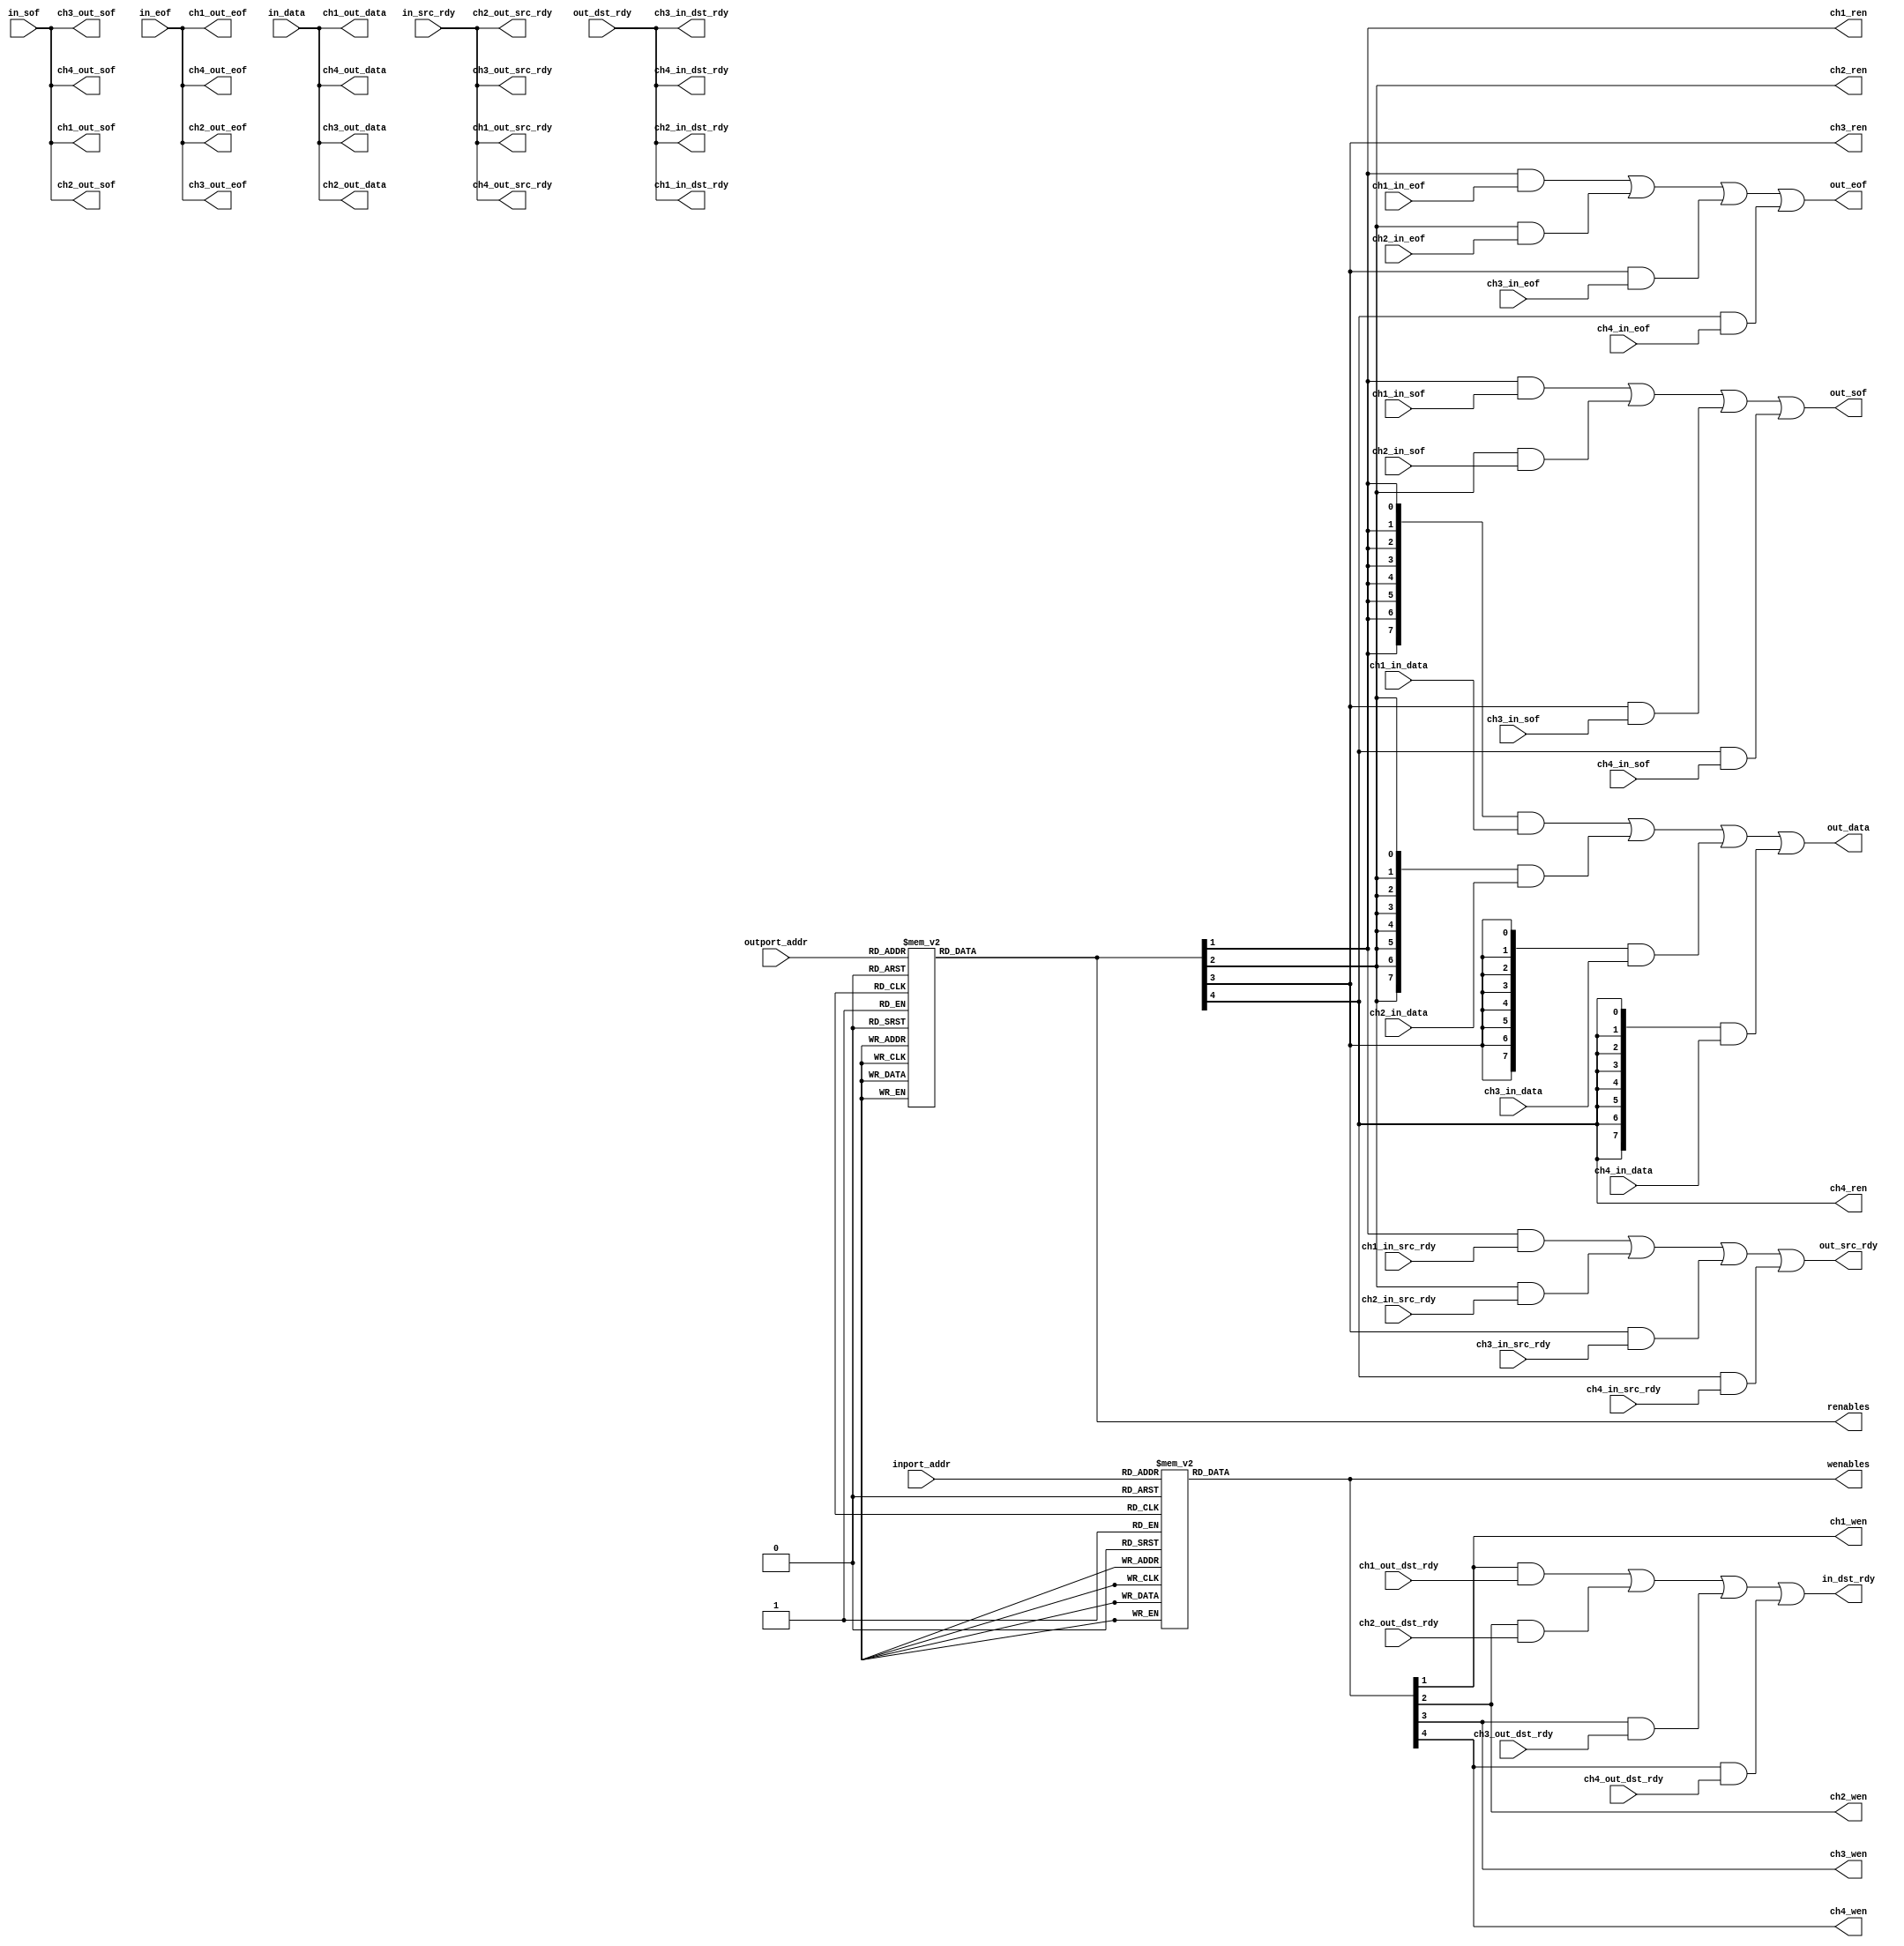
// FCP Channel Interface

module channelif4
(
	// To ethernet platform
	input					in_sof,
	input					in_eof,
	input					in_src_rdy,
	output				in_dst_rdy,
	input		[7:0]		in_data,
	input		[3:0]		inport_addr,
	output				out_sof,
	output				out_eof,
	output				out_src_rdy,
	input					out_dst_rdy,
	output	[7:0]		out_data,
	input		[3:0]		outport_addr,
	// Channel 1 
	input					ch1_in_sof,
	input					ch1_in_eof,
	input					ch1_in_src_rdy,
	output				ch1_in_dst_rdy,
	input		[7:0]		ch1_in_data,
	output				ch1_out_sof,
	output				ch1_out_eof,
	output				ch1_out_src_rdy,
	input					ch1_out_dst_rdy,
	output	[7:0]		ch1_out_data,
	output				ch1_wen,
	output				ch1_ren,
	// Channel 2 
	input					ch2_in_sof,
	input					ch2_in_eof,
	input					ch2_in_src_rdy,
	output				ch2_in_dst_rdy,
	input		[7:0]		ch2_in_data,
	output				ch2_out_sof,
	output				ch2_out_eof,
	output				ch2_out_src_rdy,
	input					ch2_out_dst_rdy,
	output	[7:0]		ch2_out_data,
	output				ch2_wen,
	output				ch2_ren,
	// Channel 3 
	input					ch3_in_sof,
	input					ch3_in_eof,
	input					ch3_in_src_rdy,
	output				ch3_in_dst_rdy,
	input		[7:0]		ch3_in_data,
	output				ch3_out_sof,
	output				ch3_out_eof,
	output				ch3_out_src_rdy,
	input					ch3_out_dst_rdy,
	output	[7:0]		ch3_out_data,
	output				ch3_wen,
	output				ch3_ren,
	// Channel 4 
	input					ch4_in_sof,
	input					ch4_in_eof,
	input					ch4_in_src_rdy,
	output				ch4_in_dst_rdy,
	input		[7:0]		ch4_in_data,
	output				ch4_out_sof,
	output				ch4_out_eof,
	output				ch4_out_src_rdy,
	input					ch4_out_dst_rdy,
	output	[7:0]		ch4_out_data,
	output				ch4_wen,
	output				ch4_ren,
	
	// To user logic
	output	[15:0]	wenables,
	output	[15:0]	renables
);

//-------------------------------------------------------------------------------------
//-------------------------------------------------------------------------------------
//                                          Channel-Enable Decoders
//-------------------------------------------------------------------------------------
//-------------------------------------------------------------------------------------

reg [15:0]		wenables_i;
reg [15:0]		renables_i;

always @(inport_addr)
begin
	case (inport_addr)
		4'h0 : wenables_i = 16'b0000000000000001;
		4'h1 : wenables_i = 16'b0000000000000010;
		4'h2 : wenables_i = 16'b0000000000000100;
		4'h3 : wenables_i = 16'b0000000000001000;
		4'h4 : wenables_i = 16'b0000000000010000;
		4'h5 : wenables_i = 16'b0000000000100000;
		4'h6 : wenables_i = 16'b0000000001000000;
		4'h7 : wenables_i = 16'b0000000010000000;
		4'h8 : wenables_i = 16'b0000000100000000;
		4'h9 : wenables_i = 16'b0000001000000000;
		4'hA : wenables_i = 16'b0000010000000000;
		4'hB : wenables_i = 16'b0000100000000000;
		4'hC : wenables_i = 16'b0001000000000000;
		4'hD : wenables_i = 16'b0010000000000000;
		4'hE : wenables_i = 16'b0100000000000000;
		4'hF : wenables_i = 16'b1000000000000000;
		default: wenables_i = 16'b0000000000000000;
	endcase
end

always @(outport_addr)
begin
	case (outport_addr)
		4'h0 : renables_i = 16'b0000000000000001;
		4'h1 : renables_i = 16'b0000000000000010;
		4'h2 : renables_i = 16'b0000000000000100;
		4'h3 : renables_i = 16'b0000000000001000;
		4'h4 : renables_i = 16'b0000000000010000;
		4'h5 : renables_i = 16'b0000000000100000;
		4'h6 : renables_i = 16'b0000000001000000;
		4'h7 : renables_i = 16'b0000000010000000;
		4'h8 : renables_i = 16'b0000000100000000;
		4'h9 : renables_i = 16'b0000001000000000;
		4'hA : renables_i = 16'b0000010000000000;
		4'hB : renables_i = 16'b0000100000000000;
		4'hC : renables_i = 16'b0001000000000000;
		4'hD : renables_i = 16'b0010000000000000;
		4'hE : renables_i = 16'b0100000000000000;
		4'hF : renables_i = 16'b1000000000000000;
		default: renables_i = 16'b0000000000000000;
	endcase
end

assign wenables = wenables_i;
assign renables = renables_i;


//-------------------------------------------------------------------------------------
//-------------------------------------------------------------------------------------
//                                          Multiplexers
//-------------------------------------------------------------------------------------
//-------------------------------------------------------------------------------------


assign in_dst_rdy = (ch1_wen & ch1_out_dst_rdy) | (ch2_wen & ch2_out_dst_rdy) | (ch3_wen & ch3_out_dst_rdy) | (ch4_wen & ch4_out_dst_rdy);
assign out_sof = (ch1_ren & ch1_in_sof) | (ch2_ren & ch2_in_sof) | (ch3_ren & ch3_in_sof) | (ch4_ren & ch4_in_sof);
assign out_eof = (ch1_ren & ch1_in_eof) | (ch2_ren & ch2_in_eof) | (ch3_ren & ch3_in_eof) | (ch4_ren & ch4_in_eof);
assign out_src_rdy = (ch1_ren & ch1_in_src_rdy) | (ch2_ren & ch2_in_src_rdy) | (ch3_ren & ch3_in_src_rdy) | (ch4_ren & ch4_in_src_rdy);
assign out_data = ({8{ch1_ren}} & ch1_in_data) | ({8{ch2_ren}} & ch2_in_data) | ({8{ch3_ren}} & ch3_in_data) | ({8{ch4_ren}} & ch4_in_data);

//-------------------------------------------------------------------------------------
//-------------------------------------------------------------------------------------
//                                          Passthroughs
//-------------------------------------------------------------------------------------
//-------------------------------------------------------------------------------------

assign ch1_in_dst_rdy = out_dst_rdy;
assign ch1_out_src_rdy = in_src_rdy;
assign ch1_out_sof = in_sof;
assign ch1_out_eof = in_eof;
assign ch1_out_data = in_data;
assign ch1_wen = wenables_i[1];
assign ch1_ren = renables_i[1];

assign ch2_in_dst_rdy = out_dst_rdy;
assign ch2_out_src_rdy = in_src_rdy;
assign ch2_out_sof = in_sof;
assign ch2_out_eof = in_eof;
assign ch2_out_data = in_data;
assign ch2_wen = wenables_i[2];
assign ch2_ren = renables_i[2];

assign ch3_in_dst_rdy = out_dst_rdy;
assign ch3_out_src_rdy = in_src_rdy;
assign ch3_out_sof = in_sof;
assign ch3_out_eof = in_eof;
assign ch3_out_data = in_data;
assign ch3_wen = wenables_i[3];
assign ch3_ren = renables_i[3];

assign ch4_in_dst_rdy = out_dst_rdy;
assign ch4_out_src_rdy = in_src_rdy;
assign ch4_out_sof = in_sof;
assign ch4_out_eof = in_eof;
assign ch4_out_data = in_data;
assign ch4_wen = wenables_i[4];
assign ch4_ren = renables_i[4];

endmodule